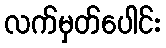
လက်မှတ်ပေါင်း